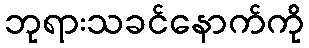
ဘုရားသခင်နောက်ကို